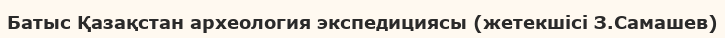
Батыс Қазақстан археология экспедициясы (жетекшісі З.Самашев)